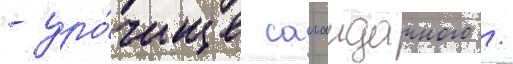
- уро́чище сагаидачного /